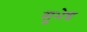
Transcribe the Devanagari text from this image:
सुभेद्य